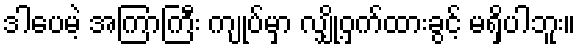
ဒါပေမဲ့ အကြာကြီး ကျုပ်မှာ လျှို့ဝှက်ထားခွင့် မရှိပါဘူး။